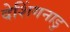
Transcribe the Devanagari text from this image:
देशिंगनाडु